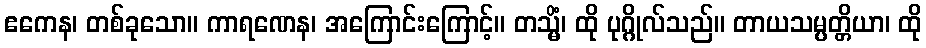
ဧကေန၊ တစ်ခုသော။ ကာရဏေန၊ အကြောင်းကြောင့်။ တသ္မိံ၊ ထို ပုဂ္ဂိုလ်သည်။ တာယသမ္ပတ္တိယာ၊ ထို